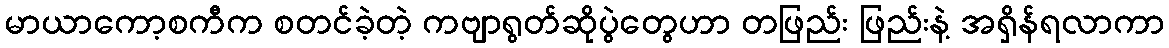
မာယာကော့စကီက စတင်ခဲ့တဲ့ ကဗျာရွတ်ဆိုပွဲတွေဟာ တဖြည်း ဖြည်းနဲ့ အရှိန်ရလာကာ